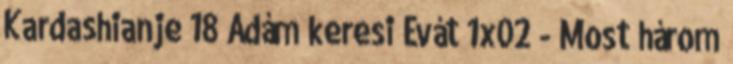
Kardashianje 18 Ádám keresi Évát 1x02 - Most három